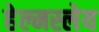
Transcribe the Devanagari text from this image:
हेल्मस्लेय